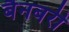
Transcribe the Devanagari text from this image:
बैनबरी